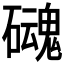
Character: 𱴹